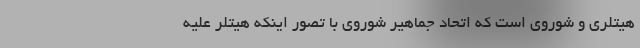
هیتلری و شوروی است که اتحاد جماهیر شوروی با تصور اینکه هیتلر علیه